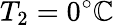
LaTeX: T_{2}=0^{\circ}\mathbb{C}